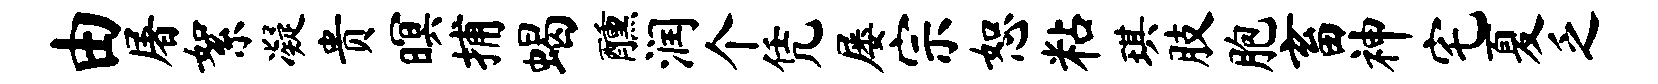
由屠絮凝贵暝捕蝎醺润个凭屡宗恕粘琪肢胞畜神宅夏乏